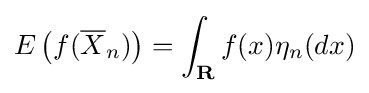
E\left(f({\overline {X}}_{n})\right)=\int _{\mathbf {R} }f(x)\eta _{n}(dx)